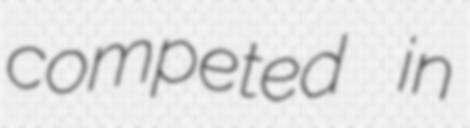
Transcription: competed in